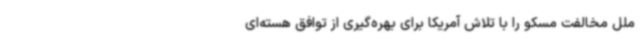
ملل مخالفت مسکو را با تلاش آمریکا برای بهره‌گیری از توافق هسته‌ای